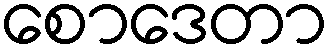
စောဒေတာ